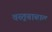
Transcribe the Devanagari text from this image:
वस्तूबाबात